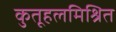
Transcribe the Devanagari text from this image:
कुतूहलमिश्रित